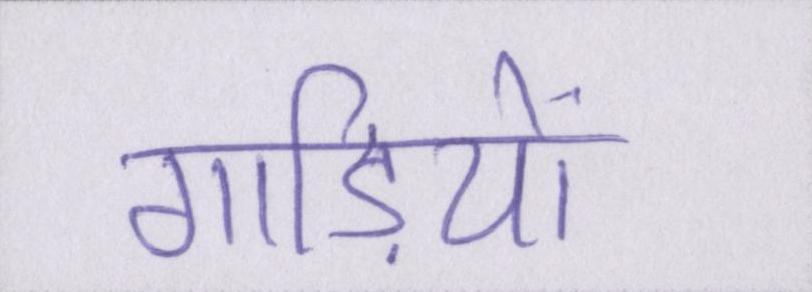
गाड़ियों